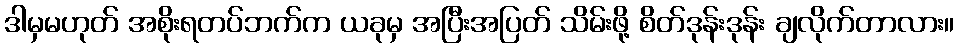
ဒါမှမဟုတ် အစိုးရတပ်ဘက်က ယခုမှ အပြီးအပြတ် သိမ်းဖို့ စိတ်ဒုန်းဒုန်း ချလိုက်တာလား။